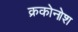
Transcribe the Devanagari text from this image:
क्रकोनोश